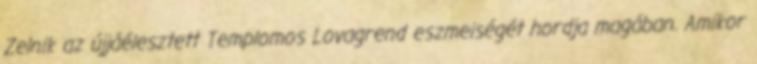
Zelnik az újjáélesztett Temp­lo­mos Lovagrend eszmeiségét hordja magában. Amikor